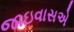
જાઇવાસએ